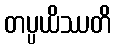
တပ္ပယိဿတိ